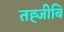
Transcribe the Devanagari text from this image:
तह्जीबि